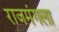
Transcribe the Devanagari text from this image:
राजमंगला